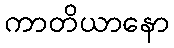
ကာတိယာနော